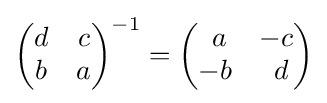
{\begin{pmatrix}d&c\\b&a\end{pmatrix}}^{-1}={\begin{pmatrix}\ a&-c\\-b&\ d\end{pmatrix}}